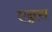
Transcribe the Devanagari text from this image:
एन्नस